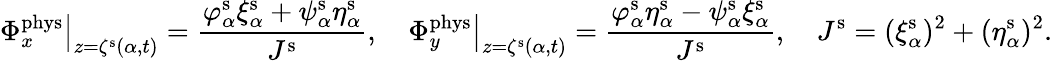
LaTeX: \left.\Phi_{x}^{\mathrm{phys}}\right\vert_{z=\zeta^{\mathrm{s}}(\alpha,t)}=\frac{\varphi_{\alpha}^{\mathrm{s}}\xi_{\alpha}^{\mathrm{s}}+\psi_{\alpha}^{\mathrm{s}}\eta_{\alpha}^{\mathrm{s}}}{J^{\mathrm{s}}},\quad\left.\Phi_{y}^{\mathrm{phys}}\right\vert_{z=\zeta^{\mathrm{s}}(\alpha,t)}=\frac{\varphi_{\alpha}^{\mathrm{s}}\eta_{\alpha}^{\mathrm{s}}-\psi_{\alpha}^{\mathrm{s}}\xi_{\alpha}^{\mathrm{s}}}{J^{\mathrm{s}}},\quad J^{\mathrm{s}}=(\xi_{\alpha}^{\mathrm{s}})^{2}+(\eta_{\alpha}^{\mathrm{s}})^{2}.